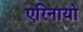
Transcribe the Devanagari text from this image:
एरिनायो